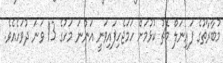
މުބާރާތުގެ ފައިނަލް މެޗު ކުޅުމަށް ހަމަޖެހިފައިވަނީ އަންނަ މަހުގެ 13 ވަނަ ދުވަހެއެވެ.